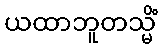
ယထာဘူတသ္မိံ